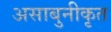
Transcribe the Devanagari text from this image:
असाबुनीकृत